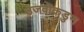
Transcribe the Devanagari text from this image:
उजवीकडुन